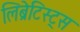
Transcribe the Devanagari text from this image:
लिब्रेटिस्ट्स